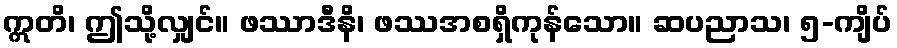
ဣတိ၊ ဤသို့လျှင်။ ဖဿာဒီနိ၊ ဖဿအစရှိကုန်သော။ ဆပညာသ၊ ၅-ကျိပ်